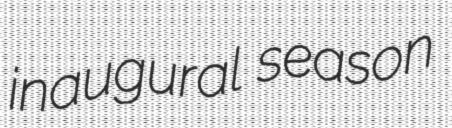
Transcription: inaugural season